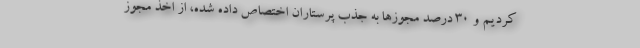
کردیم و ۳۰ درصد مجوزها به جذب پرستاران اختصاص داده شده، از اخذ مجوز